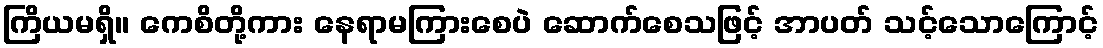
ကြိယမရှိ။ ကေစိတို့ကား နေရာမကြားစေပဲ ဆောက်စေသဖြင့် အာပတ် သင့်သောကြောင့်